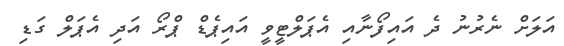
އަލަށް ނެރުނު ދެ އައިފޯނާއި އެޕަލްޓީވީ އައިޕެޑް ޕްރޯ އަދި އެޕަލް ގަޑި